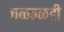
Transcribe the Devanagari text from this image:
चळवळही